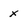
Character: X